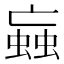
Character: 蝱